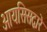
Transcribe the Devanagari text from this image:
आयसिसद्वारे